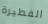
الفطيرة